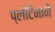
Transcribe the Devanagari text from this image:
प्लॅटिनाने